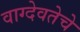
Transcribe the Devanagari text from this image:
वाग्देवतेचे